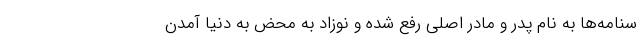
سنامه‌ها به نام پدر و مادر اصلی رفع شده و نوزاد به محض به دنیا آمدن